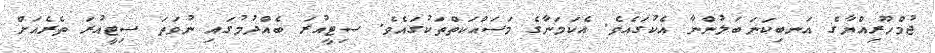
ޖުމްހޫރިއްޔާގެ އަނބިކަނަބަލުންނާ އެކުގައެވެ. އެކަމަނާގެ މަސައްކަތްތަކުގައެވެ. ސިޓީއުރަ ބެއްދުމުގައި ނުވަތަ ސިޓީއުރަ ތެރެއަށް